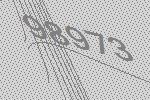
98973